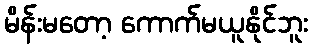
မိန်းမတော့ ကောက်မယူနိုင်ဘူး